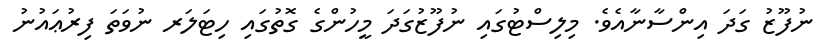
ނުފޫޒު ގަދަ އިންސާނާއެވެ. މިލިސްޓުގައި ނުފޫޒުގަދަ މީހުންގެ ގޮތުގައި ހިޓަލަރ ނުވަތަ ފިރުޢައުނު